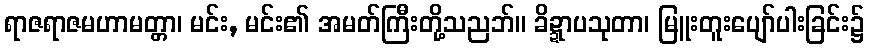
ရာဇရာဇမဟာမတ္တာ၊ မင်း, မင်း၏ အမတ်ကြီးတို့သညဘ်။ ခိဍ္ဍာပသုတာ၊ မြူးတူးပျော်ပါးခြင်း၌